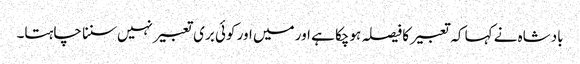
بادشاہ نے کہا کہ تعبیر کا فیصلہ ہوچکا ہے اور میں اور کوئی بری تعبیر نہیں سننا چاہتا۔